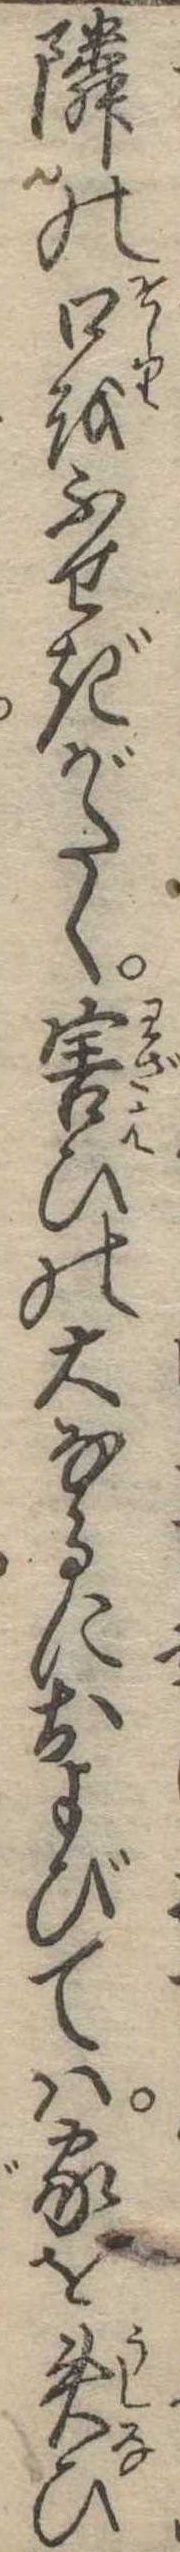
隣の口をふせぎがたく害ひの大なるにおよびては家を失ひ